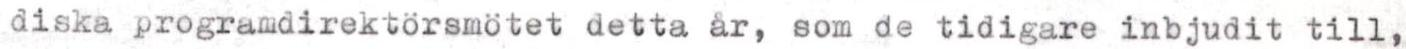
diska programdirektörsmötet detta år, som de tidigare inbjudit till,